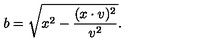
b = \sqrt { x ^ { 2 } - \frac { ( x \cdot v ) ^ { 2 } } { v ^ { 2 } } } .